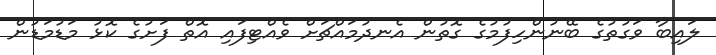
ލައިބާ ވަގުތުގެ ބޭނުންހިފުމުގެ ގޮތުން އެނދުމައްޗަށް ވެއްޓިފައި އޮތް ފަށުގެ ކޮޅު މަޑުމަޑުން